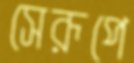
সেরূপে